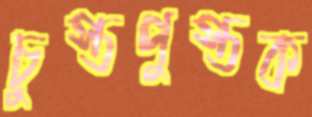
চুস্তপুস্তক